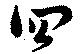
四